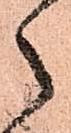
々